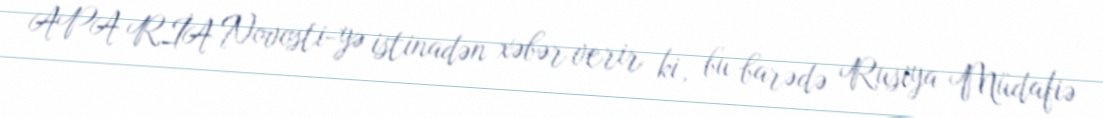
APA RİA Novosti-yə istinadən xəbər verir ki, bu barədə Rusiya Müdafiə